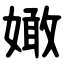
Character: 㜟